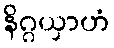
နိဂ္ဂယှာဟံ